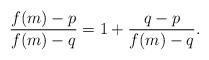
LaTeX: \begin{align*}\frac {f(m)-p}{f(m)-q} = 1 + \frac {q-p}{f(m)-q}. \end{align*}